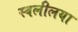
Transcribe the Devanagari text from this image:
स्वलीलया